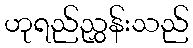
ဟုရည်ညွှန်းသည်